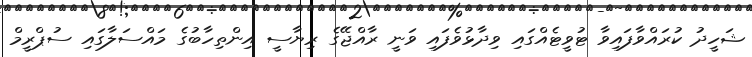
ޝަހީދު ކުރައްވާފައިވާ ޓުވީޓެއްގައި ވިދާޅުވެފައި ވަނީ ރާއްޖޭގެ ރިޔާސީ އިންތިހާބުގެ މައްސަލާގައި ސުޕްރީމް